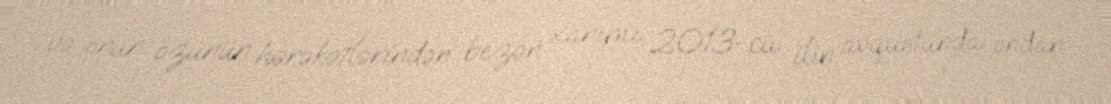
və onun özünün hərəkətlərindən bezən xanımı 2013-cü ilin avqustunda ondan